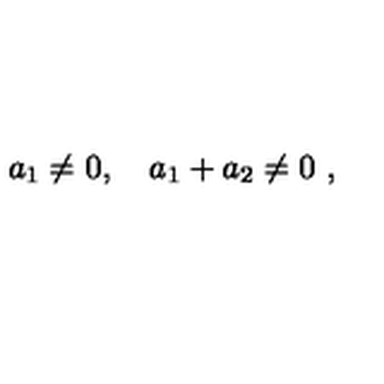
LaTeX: a _ { 1 } \neq 0 , \quad a _ { 1 } + a _ { 2 } \neq 0 \ ,